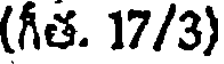
(గీత. 17/3)